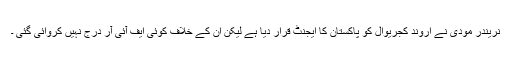
نریندر مودی نے اروند کجریوال کو پاکستان کا ایجنٹ قرار دیا ہے لیکن اُن کے خلاف کوئی ایف آئی آر درج نہیں کروائی گئی ۔